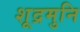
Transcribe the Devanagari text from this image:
शूद्रमुनि